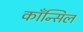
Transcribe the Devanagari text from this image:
काँन्सिल